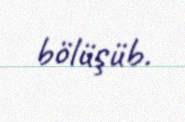
bölüşüb.